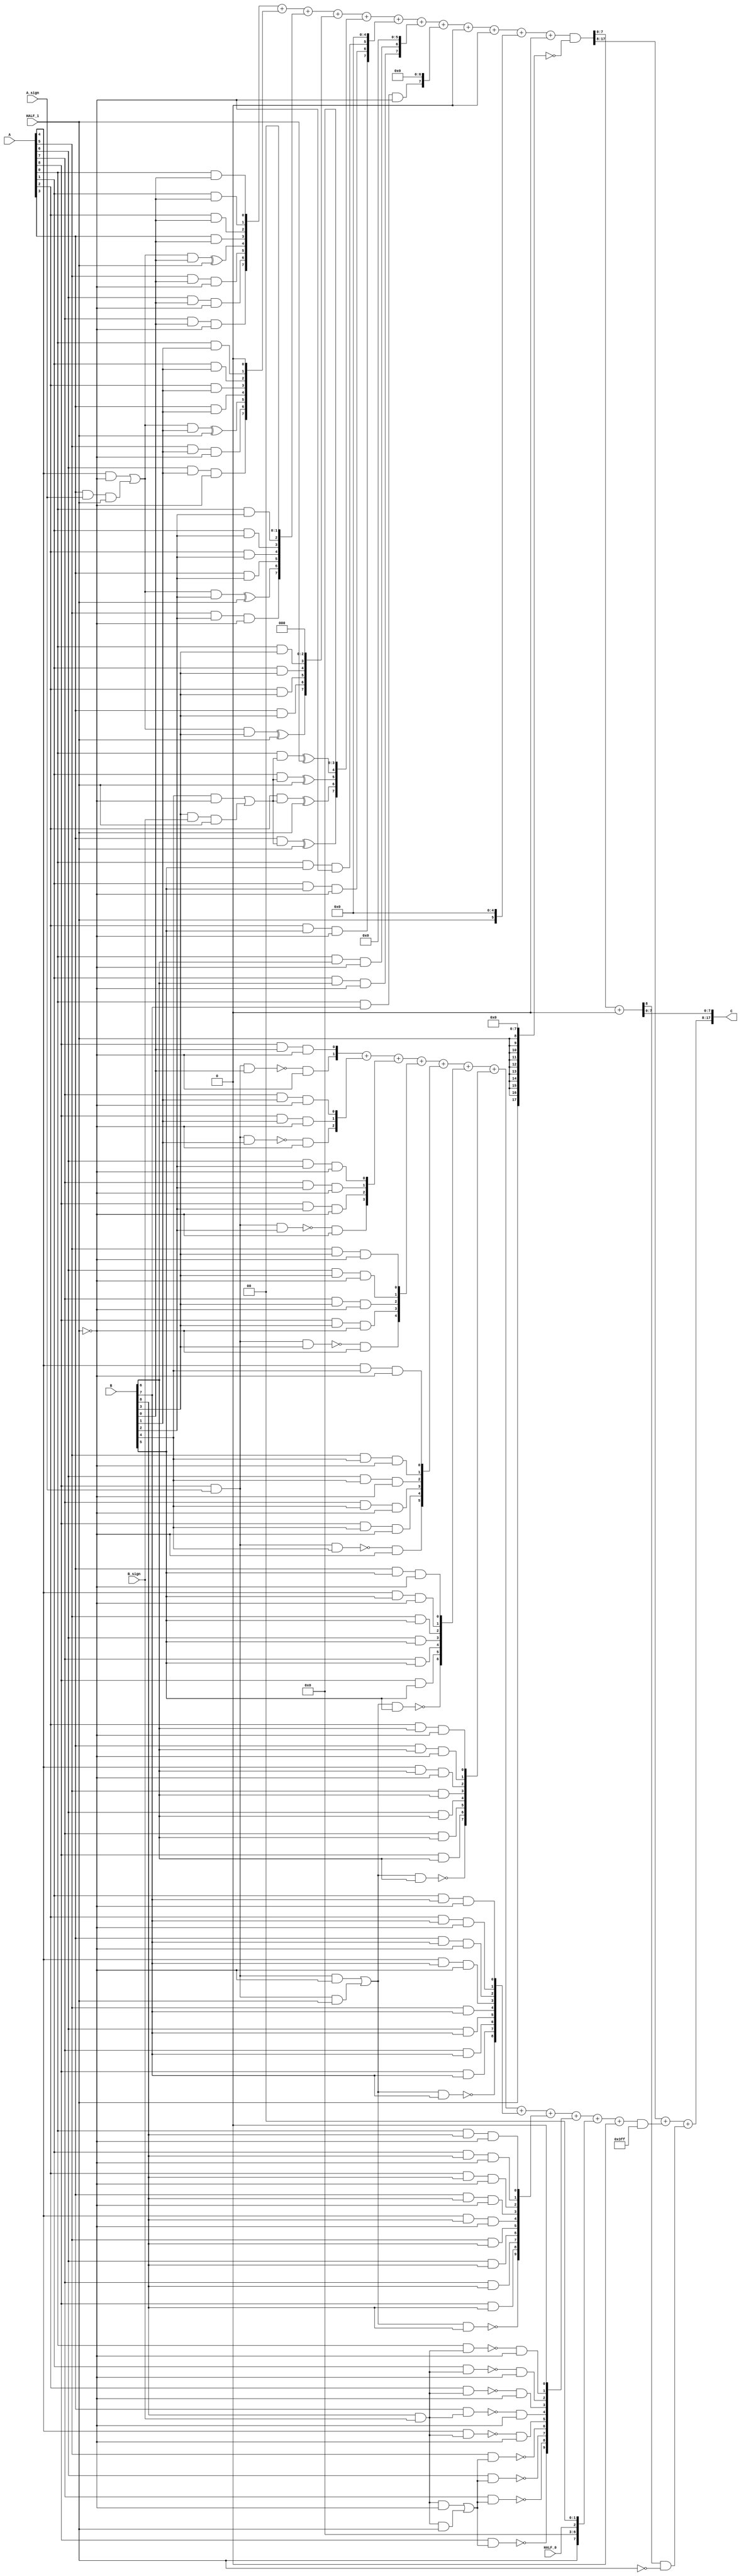
module multiplier_S_C3x2_F1_9bits_9bits_HighLevelDescribed_auto(
		input [A_chop_size-1:0] A,
		input [B_chop_size-1:0] B,

		input A_sign,
		input B_sign,

		input HALF_0,	// a selector bit to switch computation to half mode level 0
		input HALF_1,	// a selector bit to switch computation to half mode level 1

		output reg [A_chop_size+B_chop_size-1:0] C
	);

parameter A_chop_size = 9;
parameter B_chop_size = 9;

// to support both signed and unsigned multiplication
// sign extension regarding extra sign identifier
wire A_extended_level0_0;
wire B_extended_level0_0;
assign A_extended_level0_0 = (A[8])&(A_sign);
assign B_extended_level0_0 = (B[8])&(B_sign);

wire A_extended_level1_0;
wire B_extended_level1_0;
assign A_extended_level1_0 = (A[8])&(A_sign);
assign B_extended_level1_0 = (B[8])&(B_sign);
wire A_extended_level1_1;
wire B_extended_level1_1;
assign A_extended_level1_1 = (A[3])&(A_sign);
assign B_extended_level1_1 = (B[3])&(B_sign);


reg [A_chop_size:0] PP [B_chop_size:0];
always @(*) begin
	PP[0][0] = (A[0])&(B[0]);
	PP[0][1] = (A[1])&(B[0]);
	PP[0][2] = (A[2])&(B[0]);
	PP[0][3] = (A[3])&(B[0]);
	PP[0][4] = ((((A[4])&(~(HALF_1)))|((A_extended_level1_1)&(HALF_1)))&(B[0]))^(HALF_1);
	PP[0][5] = ((A[5])&(B[0]))&(~(HALF_1));
	PP[0][6] = ((A[6])&(B[0]))&(~(HALF_1));
	PP[0][7] = ((A[7])&(B[0]))&(~(HALF_1));
	PP[0][8] = ((A[8])&(B[0]))&(~(HALF_1));
	PP[0][9] = (~((A_extended_level0_0)&(B[0])))&(~(HALF_1));
	PP[1][0] = (A[0])&(B[1]);
	PP[1][1] = (A[1])&(B[1]);
	PP[1][2] = (A[2])&(B[1]);
	PP[1][3] = (A[3])&(B[1]);
	PP[1][4] = ((((A[4])&(~(HALF_1)))|((A_extended_level1_1)&(HALF_1)))&(B[1]))^(HALF_1);
	PP[1][5] = ((A[5])&(B[1]))&(~(HALF_1));
	PP[1][6] = ((A[6])&(B[1]))&(~(HALF_1));
	PP[1][7] = ((A[7])&(B[1]))&(~(HALF_1));
	PP[1][8] = ((A[8])&(B[1]))&(~(HALF_1));
	PP[1][9] = (~((A_extended_level0_0)&(B[1])))&(~(HALF_1));
	PP[2][0] = (A[0])&(B[2]);
	PP[2][1] = (A[1])&(B[2]);
	PP[2][2] = (A[2])&(B[2]);
	PP[2][3] = (A[3])&(B[2]);
	PP[2][4] = ((((A[4])&(~(HALF_1)))|((A_extended_level1_1)&(HALF_1)))&(B[2]))^(HALF_1);
	PP[2][5] = ((A[5])&(B[2]))&(~(HALF_1));
	PP[2][6] = ((A[6])&(B[2]))&(~(HALF_1));
	PP[2][7] = ((A[7])&(B[2]))&(~(HALF_1));
	PP[2][8] = ((A[8])&(B[2]))&(~(HALF_1));
	PP[2][9] = (~((A_extended_level0_0)&(B[2])))&(~(HALF_1));
	PP[3][0] = (A[0])&(B[3]);
	PP[3][1] = (A[1])&(B[3]);
	PP[3][2] = (A[2])&(B[3]);
	PP[3][3] = (A[3])&(B[3]);
	PP[3][4] = ((((A[4])&(~(HALF_1)))|((A_extended_level1_1)&(HALF_1)))&(B[3]))^(HALF_1);
	PP[3][5] = ((A[5])&(B[3]))&(~(HALF_1));
	PP[3][6] = ((A[6])&(B[3]))&(~(HALF_1));
	PP[3][7] = ((A[7])&(B[3]))&(~(HALF_1));
	PP[3][8] = ((A[8])&(B[3]))&(~(HALF_1));
	PP[3][9] = (~((A_extended_level0_0)&(B[3])))&(~(HALF_1));
	PP[4][0] = ((A[0])&(((B[4])&(~(HALF_1)))|((B_extended_level1_1)&(HALF_1))))^(HALF_1);
	PP[4][1] = ((A[1])&(((B[4])&(~(HALF_1)))|((B_extended_level1_1)&(HALF_1))))^(HALF_1);
	PP[4][2] = ((A[2])&(((B[4])&(~(HALF_1)))|((B_extended_level1_1)&(HALF_1))))^(HALF_1);
	PP[4][3] = ((A[3])&(((B[4])&(~(HALF_1)))|((B_extended_level1_1)&(HALF_1))))^(HALF_1);
	PP[4][4] = ((A[4])&(B[4]))&(~(HALF_1));
	PP[4][5] = ((A[5])&(B[4]))&(~(HALF_1));
	PP[4][6] = ((A[6])&(B[4]))&(~(HALF_1));
	PP[4][7] = ((A[7])&(B[4]))&(~(HALF_1));
	PP[4][8] = ((A[8])&(B[4]))&(~(HALF_1));
	PP[4][9] = (~((A_extended_level0_0)&(B[4])))&(~(HALF_1));
	PP[5][0] = ((A[0])&(B[5]))&(~(HALF_1));
	PP[5][1] = ((A[1])&(B[5]))&(~(HALF_1));
	PP[5][2] = ((A[2])&(B[5]))&(~(HALF_1));
	PP[5][3] = ((A[3])&(B[5]))&(~(HALF_1));
	PP[5][4] = ((A[4])&(B[5]))&(~(HALF_1));
	PP[5][5] = (A[5])&(B[5]);
	PP[5][6] = (A[6])&(B[5]);
	PP[5][7] = (A[7])&(B[5]);
	PP[5][8] = (A[8])&(B[5]);
	PP[5][9] = ~((((A_extended_level0_0)&(~(HALF_1)))|((A_extended_level1_0)&(HALF_1)))&(B[5]));
	PP[6][0] = ((A[0])&(B[6]))&(~(HALF_1));
	PP[6][1] = ((A[1])&(B[6]))&(~(HALF_1));
	PP[6][2] = ((A[2])&(B[6]))&(~(HALF_1));
	PP[6][3] = ((A[3])&(B[6]))&(~(HALF_1));
	PP[6][4] = ((A[4])&(B[6]))&(~(HALF_1));
	PP[6][5] = (A[5])&(B[6]);
	PP[6][6] = (A[6])&(B[6]);
	PP[6][7] = (A[7])&(B[6]);
	PP[6][8] = (A[8])&(B[6]);
	PP[6][9] = ~((((A_extended_level0_0)&(~(HALF_1)))|((A_extended_level1_0)&(HALF_1)))&(B[6]));
	PP[7][0] = ((A[0])&(B[7]))&(~(HALF_1));
	PP[7][1] = ((A[1])&(B[7]))&(~(HALF_1));
	PP[7][2] = ((A[2])&(B[7]))&(~(HALF_1));
	PP[7][3] = ((A[3])&(B[7]))&(~(HALF_1));
	PP[7][4] = ((A[4])&(B[7]))&(~(HALF_1));
	PP[7][5] = (A[5])&(B[7]);
	PP[7][6] = (A[6])&(B[7]);
	PP[7][7] = (A[7])&(B[7]);
	PP[7][8] = (A[8])&(B[7]);
	PP[7][9] = ~((((A_extended_level0_0)&(~(HALF_1)))|((A_extended_level1_0)&(HALF_1)))&(B[7]));
	PP[8][0] = ((A[0])&(B[8]))&(~(HALF_1));
	PP[8][1] = ((A[1])&(B[8]))&(~(HALF_1));
	PP[8][2] = ((A[2])&(B[8]))&(~(HALF_1));
	PP[8][3] = ((A[3])&(B[8]))&(~(HALF_1));
	PP[8][4] = ((A[4])&(B[8]))&(~(HALF_1));
	PP[8][5] = (A[5])&(B[8]);
	PP[8][6] = (A[6])&(B[8]);
	PP[8][7] = (A[7])&(B[8]);
	PP[8][8] = (A[8])&(B[8]);
	PP[8][9] = ~((((A_extended_level0_0)&(~(HALF_1)))|((A_extended_level1_0)&(HALF_1)))&(B[8]));
	PP[9][0] = (~((A[0])&(B_extended_level0_0)))&(~(HALF_1));
	PP[9][1] = (~((A[1])&(B_extended_level0_0)))&(~(HALF_1));
	PP[9][2] = (~((A[2])&(B_extended_level0_0)))&(~(HALF_1));
	PP[9][3] = (~((A[3])&(B_extended_level0_0)))&(~(HALF_1));
	PP[9][4] = (~((A[4])&(B_extended_level0_0)))&(~(HALF_1));
	PP[9][5] = ~((A[5])&(((B_extended_level0_0)&(~(HALF_1)))|((B_extended_level1_0)&(HALF_1))));
	PP[9][6] = ~((A[6])&(((B_extended_level0_0)&(~(HALF_1)))|((B_extended_level1_0)&(HALF_1))));
	PP[9][7] = ~((A[7])&(((B_extended_level0_0)&(~(HALF_1)))|((B_extended_level1_0)&(HALF_1))));
	PP[9][8] = ~((A[8])&(((B_extended_level0_0)&(~(HALF_1)))|((B_extended_level1_0)&(HALF_1))));
	PP[9][9] = (A_extended_level0_0)&(B_extended_level0_0);
end

// sum of PPs
integer j;
integer i_0;
integer i_1;

wire [18:0] Baugh_Wooley_0;
assign Baugh_Wooley_0 = {{1'b0},{1'b0},{1'b0},{(HALF_1)|(1'b0)},{1'b0},{1'b0},{1'b0},{1'b0},{(HALF_0)|(1'b0)},{1'b0},{1'b0},{1'b0},{1'b0},{(HALF_1)|(1'b0)},{1'b0},{1'b0},{1'b0},{1'b0},{1'b0}};
wire [18:0] Baugh_Wooley_1;
assign Baugh_Wooley_1 = {{1'b0},{1'b0},{1'b0},{1'b0},{1'b0},{1'b0},{1'b0},{1'b0},{1'b0},{1'b0},{1'b0},{1'b0},{1'b0},{1'b0},{1'b0},{1'b0},{1'b0},{1'b0},{1'b0}};

reg [18:0] PP_temp [9:0];
always @(*) begin
	for (j = 0; j < (B_chop_size +1); j = j + 1 ) begin
		PP_temp[j] = 19'b0 ;
	end
	for (j = 0; j < (B_chop_size +1); j = j + 1 ) begin
		PP_temp[j] = (PP[j] << j);
	end
end

reg [17:0] C_temp_0;
reg [17:0] C_temp_1;
reg [17:0] C_0;
reg [17:0] C_1;
always @(*) begin
	C_temp_1 [7:0] = 8'b0;
	C_1 [7:0] = C_temp_1 [7:0];
	C_temp_0[17:0] = PP_temp[0][7: 0] + PP_temp[1][7: 0] + PP_temp[2][7: 0] + PP_temp[3][7: 0] + PP_temp[4][7: 0] + PP_temp[5][7: 0] + PP_temp[6][7: 0] + PP_temp[7][7: 0] + PP_temp[8][7: 0] + PP_temp[9][7: 0] + Baugh_Wooley_0[7: 0] + Baugh_Wooley_1[7: 0];
	C_0[17:0] = (C_temp_0[17:0])&(~({{10{HALF_1}},{8{1'b0}}}));
	C_temp_1[17:8] = PP_temp[0][17: 8] + PP_temp[1][17: 8] + PP_temp[2][17: 8] + PP_temp[3][17: 8] + PP_temp[4][17: 8] + PP_temp[5][17: 8] + PP_temp[6][17: 8] + PP_temp[7][17: 8] + PP_temp[8][17: 8] + PP_temp[9][17: 8] + Baugh_Wooley_0[17: 8] + Baugh_Wooley_1[17: 8];
	C_1[17:8] = (C_temp_1[17:8])&(~({{0{(HALF_0)|(HALF_1)}},{10{1'b0}}}));
end

reg C_carry_temp_0;
always @(*) begin
	{{C_carry_temp_0}, {C[7: 0]}} = C_0[7: 0] + C_1[7: 0];
	C[17: 8] = C_0[17: 8] + C_1[17: 8] + ((C_carry_temp_0)&(~(HALF_1)));
end


endmodule